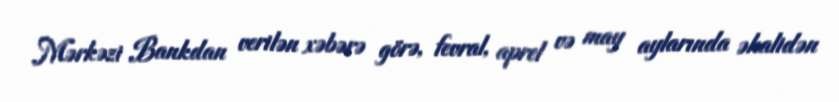
Mərkəzi Bankdan verilən xəbərə görə, fevral, aprel və may aylarında əhalidən